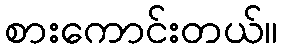
စားကောင်းတယ်။